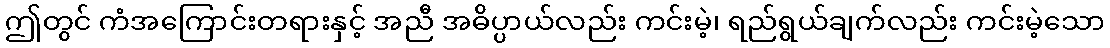
ဤတွင် ကံအကြောင်းတရားနှင့် အညီ အဓိပ္ပာယ်လည်း ကင်းမဲ့၊ ရည်ရွယ်ချက်လည်း ကင်းမဲ့သော